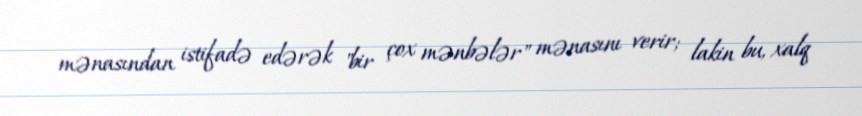
mənasından istifadə edərək "bir çox mənbələr" mənasını verir; lakin bu, xalq